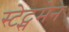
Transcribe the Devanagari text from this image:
स्टेट्समेन